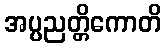
အပ္ပညတ္တိကောတိ